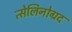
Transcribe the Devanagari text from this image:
त्सेलिनोग्रद